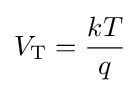
V_{\text{T}}={\frac {kT}{q}}